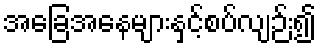
အခြေအနေများနှင့်စပ်လျဉ်း၍